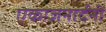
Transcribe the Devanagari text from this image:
एकाजनार्दनी